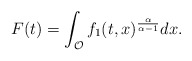
\begin{align*}F(t) = \int_{\mathcal{O}} f_1(t,x)^{\frac{\alpha}{\alpha -1}} dx .\end{align*}